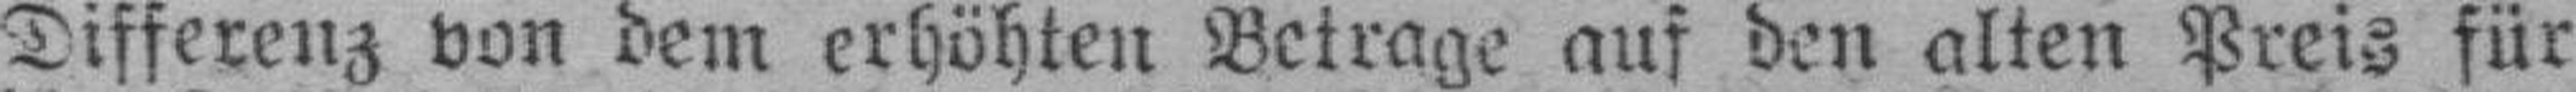
Differenz von dem erhöhten Betrage auf den alten Preis für